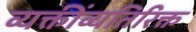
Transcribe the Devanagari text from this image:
व्यक्तींव्यतिरिक्त